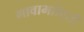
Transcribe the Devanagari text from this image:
गावाभाोवती